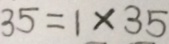
3 5 = 1 \times 3 5